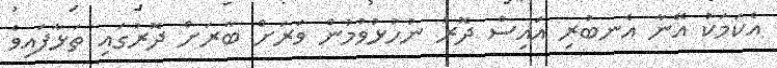
އެކަމަކު އޭނާ އެނބުރި އައިސް ދޮރު ނުހުޅުވުމުން ވަރަށް ބާރަށް ދޮރުގައި ތަޅާފައިވެ